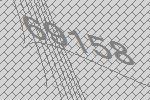
69158